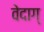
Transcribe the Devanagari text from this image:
वेदाग्